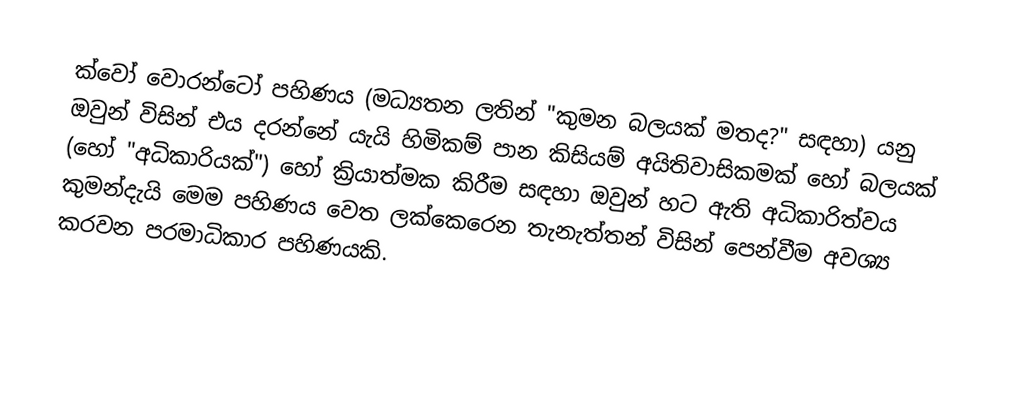
ක්වෝ වොරන්ටෝ පහිණය (මධ්‍යතන ලතින් "කුමන බලයක් මතද?" සඳහා) යනු ඔවුන් විසින් එය දරන්නේ යැයි හිමිකම් පාන කිසියම් අයිතිවාසිකමක් හෝ බලයක් (හෝ "අධිකාරියක්") හෝ ක්‍රියාත්මක කිරීම සඳහා ඔවුන් හට ඇති අධිකාරිත්වය කුමන්දැයි මෙම පහිණය වෙත ලක්කෙරෙන තැනැත්තන් විසින් පෙන්වීම අවශ්‍ය කරවන පරමාධිකාර පහිණයකි.